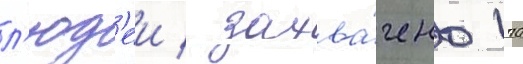
л'юд'еи / захва́чено 170